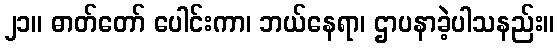
၂၁။ ဓာတ်တော် ပေါင်းကာ၊ ဘယ်နေရာ၊ ဌာပနာခဲ့ပါသနည်း။